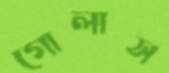
গোলাস